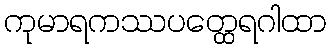
ကုမာရကဿပတ္ထေရဂါထာ